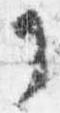
了